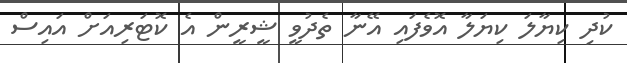
ކުދި ކިޔާލަ ކިޔަލާ އޮވެފައި އޭނާ ތެދުވީ ޝީރީން އެ ކޮޓަރިއަށް އައިސް